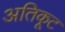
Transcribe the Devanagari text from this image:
अतिकूट